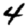
Digit: 4